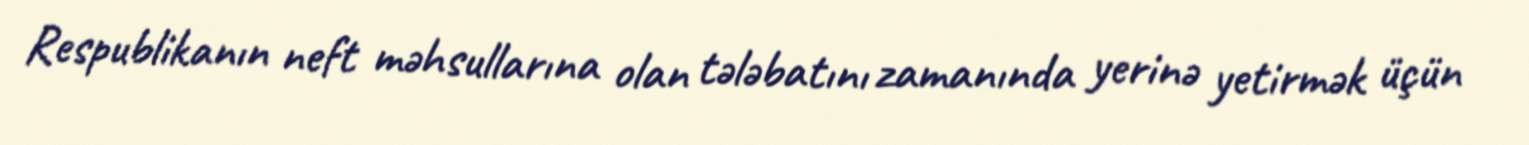
Respublikanın neft məhsullarına olan tələbatını zamanında yerinə yetirmək üçün